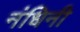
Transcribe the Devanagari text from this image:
नंधिनी